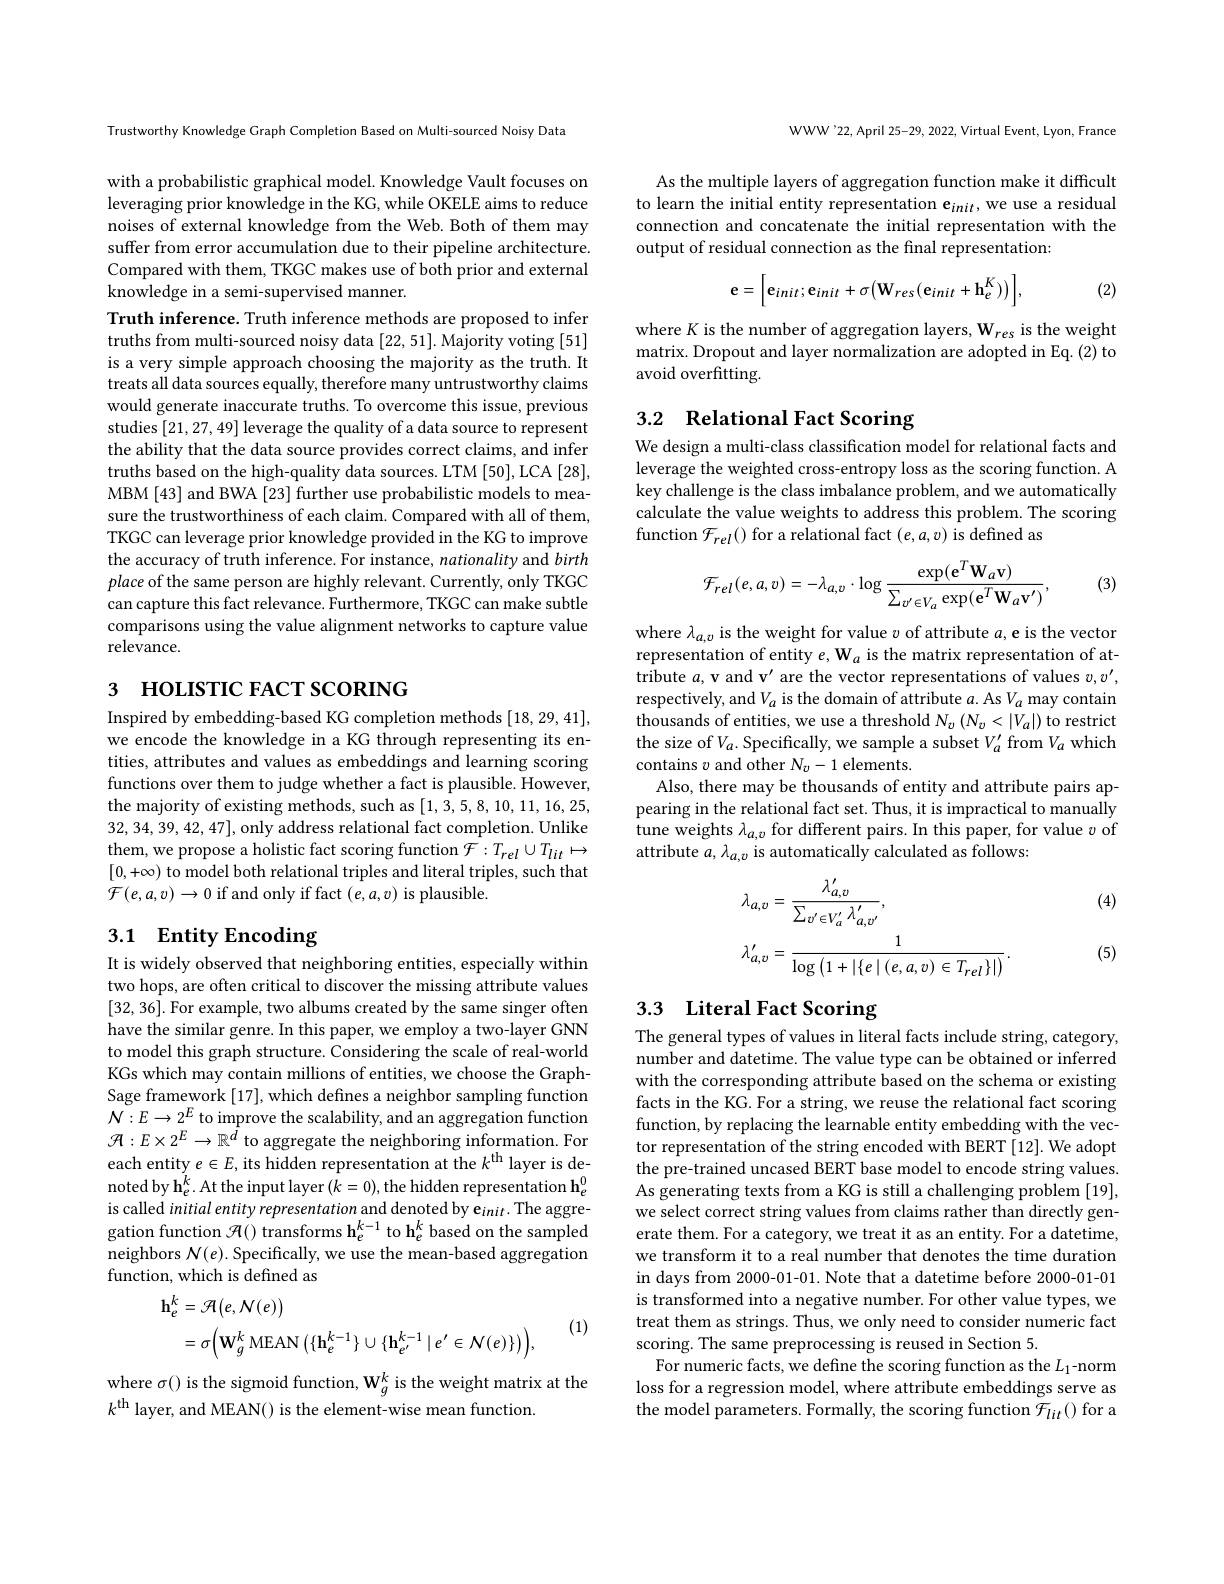
Trustworthy Knowledge Graph Completion Based on Multi-sourced Noisy Data

with a probabilistic graphical model. Knowledge Vault focuses on leveraging prior knowledge in the KG, while OKELE aims to reduce noises of external knowledge from the Web. Both of them may suffer from error accumulation due to their pipeline architecture. Compared with them, TKGC makes use of both prior and external knowledge in a semi-supervised manner.

Truth inference. Truth inference methods are proposed to infer truths from multi-sourced noisy data [22,51]. Majority voting [51] is a very simple approach choosing the majority as the truth. It treats all data sources equally, therefore many untrustworthy claims would generate inaccurate truths. To overcome this issue, previous studies [21,27,49] leverage the quality of a data source to represent the ability that the data source provides correct claims, and infer truths based on the high-quality data sources. LTM [50], LCA [28], MBM [43] and BWA [23] further use probabilistic models to measure the trustworthiness of each claim. Compared with all of them, TKGC can leverage prior knowledge provided in the KG to improve the accuracy of truth inference. For instance, nationality and birth place of the same person are highly relevant. Currently, only TKGC can capture this fact relevance. Furthermore, TKGC can make subtle comparisons using the value alignment networks to capture value relevance.

# 3 ношктс ғаст зсокима

Inspired by embedding-based KG completion methods [18,29,41], we encode the knowledge in a KG through representing its entities, attributes and values as embeddings and learning scoring functions over them to judge whether a fact is plausible. However, the majority of existing methods, such as [1,3,5,8,10,11,16,25, 32,34,39,42,47], only address relational fact completion. Unlike them, we propose a holistic fact scoring function $\mathcal{F}:T_{rel}\cup T_{lit}\mapsto$ $\begin{bmatrix}0,+\infty)\text{ to model both relational triples and literal triples, such that}\\\end{bmatrix}$ $\mathcal{F}(e,a,v)\to0$ if and only if fact $(e,a,v)$ is plausible.

## 3.1 Entity Encoding

It is widely observed that neighboring entities, especially within two hops, are often critical to discover the missing attribute values [32,36]. For example, two albums created by the same singer often have the similar genre. In this paper, we employ a two-layer GNN to model this graph structure. Considering the scale of real-world KGs which may contain millions of entities, we choose the GraphSage framework [17], which defines a neighbor sampling function ${\mathcal N}:E\to2^{E}$to improve the scalability, and an aggregation function ${\mathcal{H}}:E\times2^{E}\to\mathbb{R}^{d}$ to aggregate the neighboring information. For each entity $e\in E$, its hidden representation at the $k^\mathrm{th}$ layer is denoted by $\mathbf{h}_e^k.$ At the input layer $(k=0)$,the hidden representation $\mathbf{h}_e^0$ is called initial entity representation and denoted by e$_{init}.$ The aggregation function $\mathcal{H}()$ transforms h$_e^k-1$ to h$_e^k$ based on the sampled neighbors $N(e).$ Specifically, we use the mean-based aggregation function, which is defined as

(1)
$$\begin{aligned}\mathbf{h}_{e}^{k}&=\mathcal{R}\big(e,\mathcal{N}(e)\big)\\&=\sigma\Big(\mathbf{W}_{g}^{k}\:\mathrm{MEAN}\left(\{\mathbf{h}_{e}^{k-1}\}\cup\{\mathbf{h}_{e^{\prime}}^{k-1}\mid e^{\prime}\in\mathcal{N}(e)\}\right)\Big),\end{aligned}$$
where $\sigma()$ is the sigmoid function, $\mathbf{W}_g^k$ is the weight matrix at the
$k^\mathrm{th}$ layer, and MEAN() is the element-wise mean function.

WWW'22,April 25-29, 2022, Virtual Event, Lyon, France

As the multiple layers of aggregation function make it difficult to learn the initial entity representation e$_init$,we use a residual connection and concatenate the initial representation with the output of residual connection as the final representation:

(2)
$$\mathbf{e}=\bigg[\mathbf{e}_{init};\mathbf{e}_{init}+\sigma\big(\mathbf{W}_{res}(\mathbf{e}_{init}+\mathbf{h}_{e}^{K})\big)\bigg],$$
where K is the number of aggregation layers, W res is the weight matrix. Dropout and layer normalization are adopted in Eq.(2) to avoid overfitting.

# 3.2 Relational Fact Scoring

We design a multi-class classification model for relational facts and leverage the weighted cross-entropy loss as the scoring function. A key challenge is the class imbalance problem, and we automatically calculate the value weights to address this problem. The scoring function $\mathcal{F}_rel()$ for a relational fact $(e,a,v)$ is defined as
$$\mathcal{F}_{rel}(e,a,v)=-\lambda_{a,v}\cdot\log\frac{\exp(\mathbf{e}^{T}\mathbf{W}_{a}\mathbf{v})}{\sum_{v'\in V_{a}}\exp(\mathbf{e}^{T}\mathbf{W}_{a}\mathbf{v}^{\prime})},$$
(3)

where $\lambda_a,v$ is the weight for value $v$ of attribute $a$, e is the vector representation of entity $e,\mathbf{W}_a$ is the matrix representation of attribute $a$,v and v' are the vector representations of values $v,v^\prime$, respectively, and $V_a$ is the domain of attribute $a.$ As $V_a$ may contain thousands of entities, we use a threshold $N_v\left(N_{v}<|V_{a}|\right)$ to restrict the size of $V_a.$ Specifically, we sample a subset $V_a^{\prime}$ from $V_a$ which contains $v$ and other $N_v-1$ elements.
Also, there may be thousands of entity and attribute pairs appearing in the relational fact set. Thus, it is impractical to manually tune weights $\lambda_a,v$ for different pairs. In this paper, for value $v$ of attribute $a,\lambda_{a,v}$ is automatically calculated as follows:

(4)
$$\begin{aligned}&\lambda_{a,v}=\frac{\lambda_{a,v}^{\prime}}{\sum_{v^{\prime}\in V_{a}^{\prime}}\lambda_{a,v^{\prime}}^{\prime}},\\&\lambda_{a,v}^{\prime}=\frac{1}{\log\left(1+|\{e\mid(e,a,v)\in T_{rel}\}|\right)}.\end{aligned}$$
(5)

# 3.3 Literal Fact Scoring The general types of values in literal facts include string, category,

number and datetime. The value type can be obtained or inferred with the corresponding attribute based on the schema or existing facts in the KG. For a string, we reuse the relational fact scoring function, by replacing the learnable entity embedding with the vector representation of the string encoded with BERT [12]. We adopt the pre-trained uncased BERT base model to encode string values As generating texts from a KG is still a challenging problem [19], we select correct string values from claims rather than directly generate them. For a category, we treat it as an entity. For a datetime, we transform it to a real number that denotes the time duration in days from 2000-01-01. Note that a datetime before 2000-01-01 is transformed into a negative number. For other value types, we treat them as strings. Thus, we only need to consider numeric fact scoring. The same preprocessing is reused in Section 5.
For numeric facts, we define the scoring function as the $L_1$-norm loss for a regression model, where attribute embeddings serve as the model parameters. Formally, the scoring function $\mathcal{F}_lit()$ for a